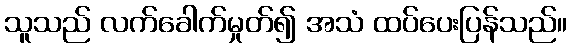
သူသည် လက်ခေါက်မှုတ်၍ အသံ ထပ်ပေးပြန်သည်။